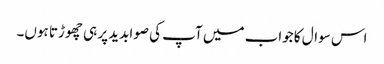
اس سوال کا جواب میں آپ کی صوابدید پر ہی چھوڑتا ہوں۔